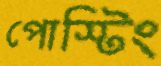
পোস্টিং